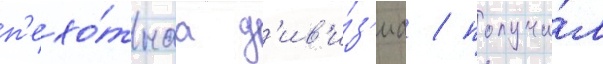
п'ехо́тнаа д'ив'и́з'иа / получи́л